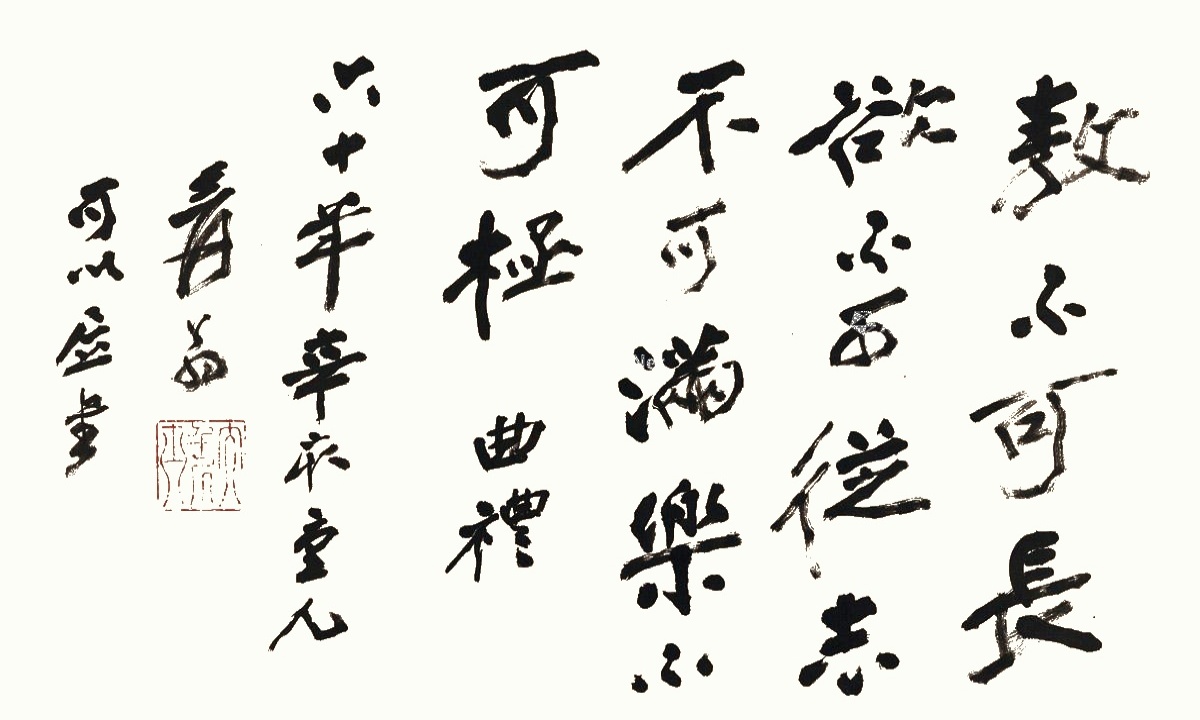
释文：敖不可长，欲不可从，志不可满，乐不可极。曲礼。六十年辛亥重九，爰翁，可以居书。